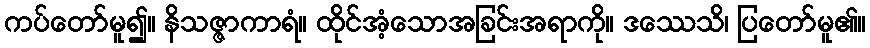
ကပ်တော်မူ၍။ နိသဇ္ဇာကာရံ။ ထိုင်အံ့သောအခြင်းအရာကို။ ဒဿေသိ၊ ပြတော်မူ၏။